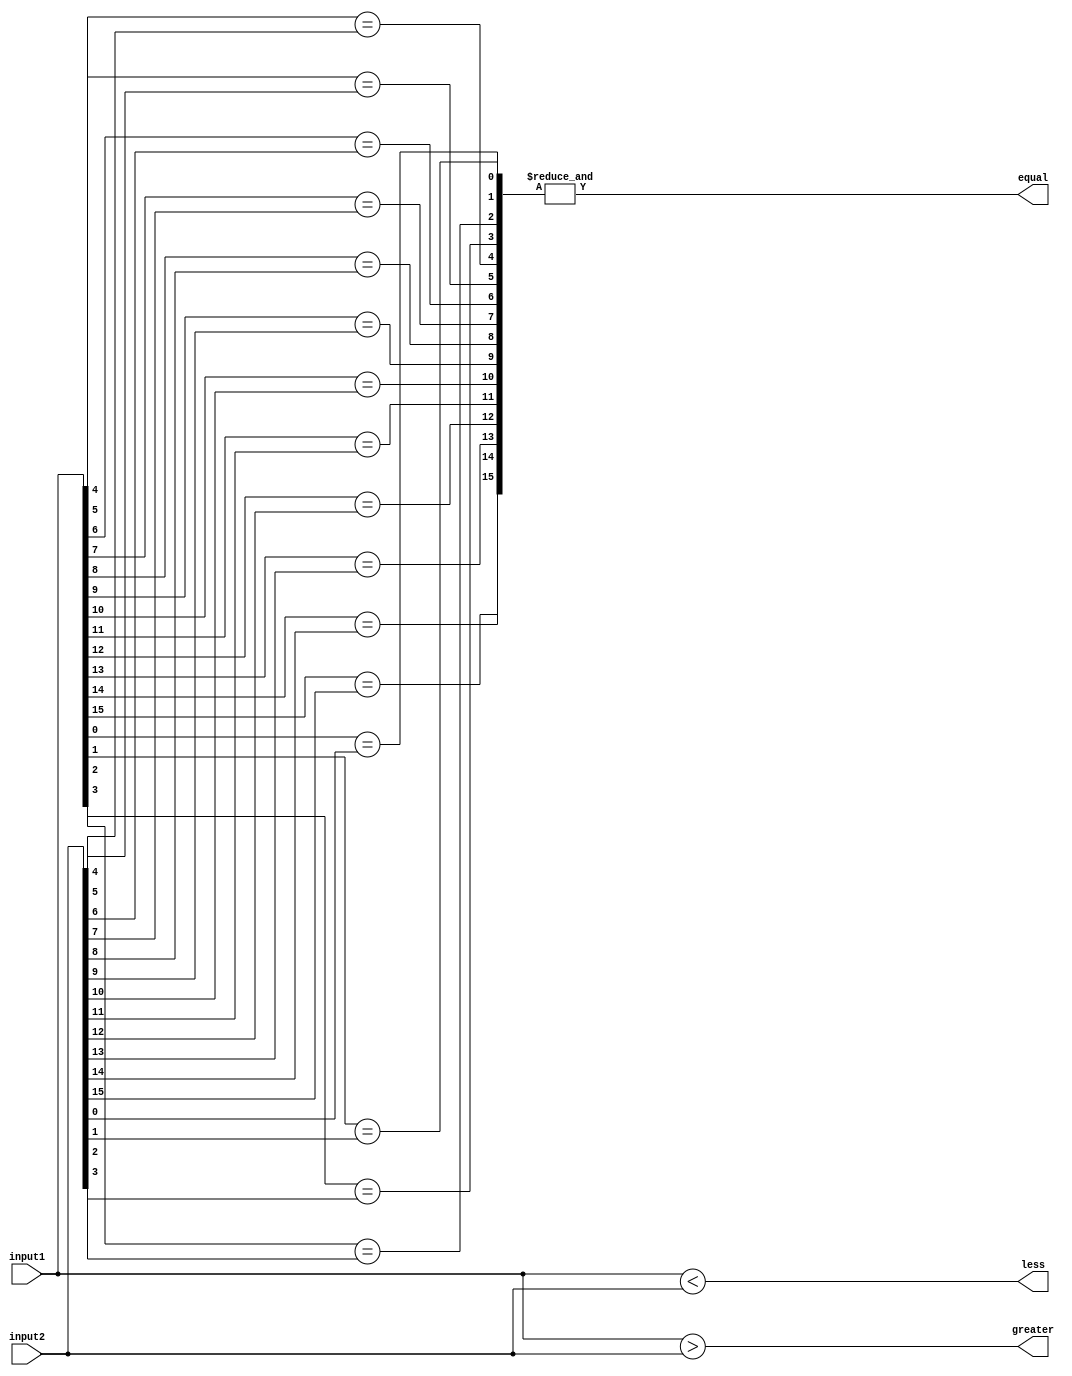
module comparator(
    input [15:0] input1,
    input [15:0] input2,
    output equal,
    output greater,
    output less
);

reg [15:0] equal_bits;
reg equal;
reg greater;
reg less;

// Compare each bit of the two inputs
genvar i;
for (i = 0; i < 16; i = i + 1) begin
    assign equal_bits[i] = (input1[i] == input2[i]);
end

// Determine overall comparison result
assign equal = &equal_bits;
assign greater = |(input1 > input2);
assign less = |(input1 < input2);

endmodule